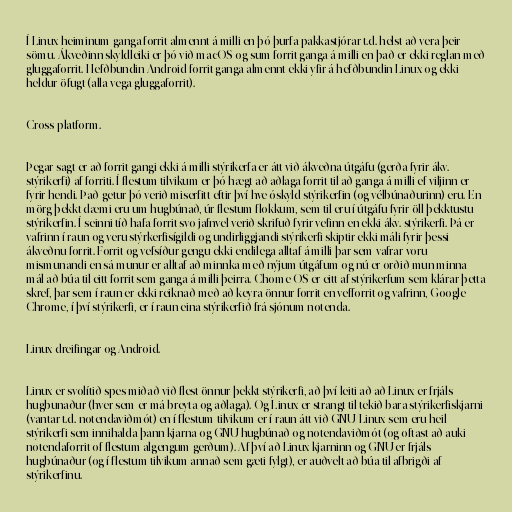
Í Linux heiminum ganga forrit almennt á milli en þó þurfa pakkastjórar t.d. helst að vera þeir
sömu. Ákveðinn skyldleiki er þó við macOS og sum forrit ganga á milli en það er ekki reglan með
gluggaforrit. Hefðbundin Android forrit ganga almennt ekki yfir á hefðbundin Linux og ekki
heldur öfugt (alla vega gluggaforrit).

Cross-platform.

Þegar sagt er að forrit gangi ekki á milli stýrikerfa er átt við ákveðna útgáfu (gerða fyrir ákv.
stýrikerfi) af forriti. Í flestum tilvikum er þó hægt að aðlaga forrit til að ganga á milli ef viljinn er
fyrir hendi. Það getur þó verið miserfitt eftir því hve óskyld stýrikerfin (og vélbúnaðurinn) eru. En
mörg þekkt dæmi eru um hugbúnað, úr flestum flokkum, sem til eru í útgáfu fyrir öll þekktustu
stýrikerfin. Í seinni tíð hafa forrit svo jafnvel verið skrifuð fyrir vefinn en ekki ákv. stýrikerfi. Þá er
vafrinn í raun og veru stýrkerfisígildi og undirliggjandi stýrikerfi skiptir ekki máli fyrir þessi
ákveðnu forrit. Forrit og vefsíður gengu ekki endilega alltaf á milli þar sem vafrar voru
mismunandi en sá munur er alltaf að minnka með nýjum útgáfum og nú er orðið mun minna
mál að búa til eitt forrit sem ganga á milli þeirra. Chome OS er eitt af stýrikerfum sem klárar þetta
skref, þar sem í raun er ekki reiknað með að keyra önnur forrit en vefforrit og vafrinn, Google
Chrome, í því stýrikerfi, er í raun eina stýrikerfið frá sjónum notenda.

Linux dreifingar og Android.

Linux er svolítið spes miðað við flest önnur þekkt stýrikerfi, að því leiti að að Linux er frjáls
hugbunaður (hver sem er má breyta og aðlaga). Og Linux er strangt til tekið bara stýrikerfiskjarni
(vantar t.d. notendaviðmót) en í flestum tilvikum er í raun átt við GNU/Linux sem eru heil
stýrikerfi sem innihalda þann kjarna og GNU hugbúnað og notendaviðmót (og oftast að auki
notendaforrit of flestum algengum gerðum). Af því að Linux kjarninn og GNU er frjáls
hugbúnaður (og í flestum tilvikum annað sem gæti fylgt), er auðvelt að búa til afbrigði af
stýrikerfinu.